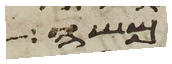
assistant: משה